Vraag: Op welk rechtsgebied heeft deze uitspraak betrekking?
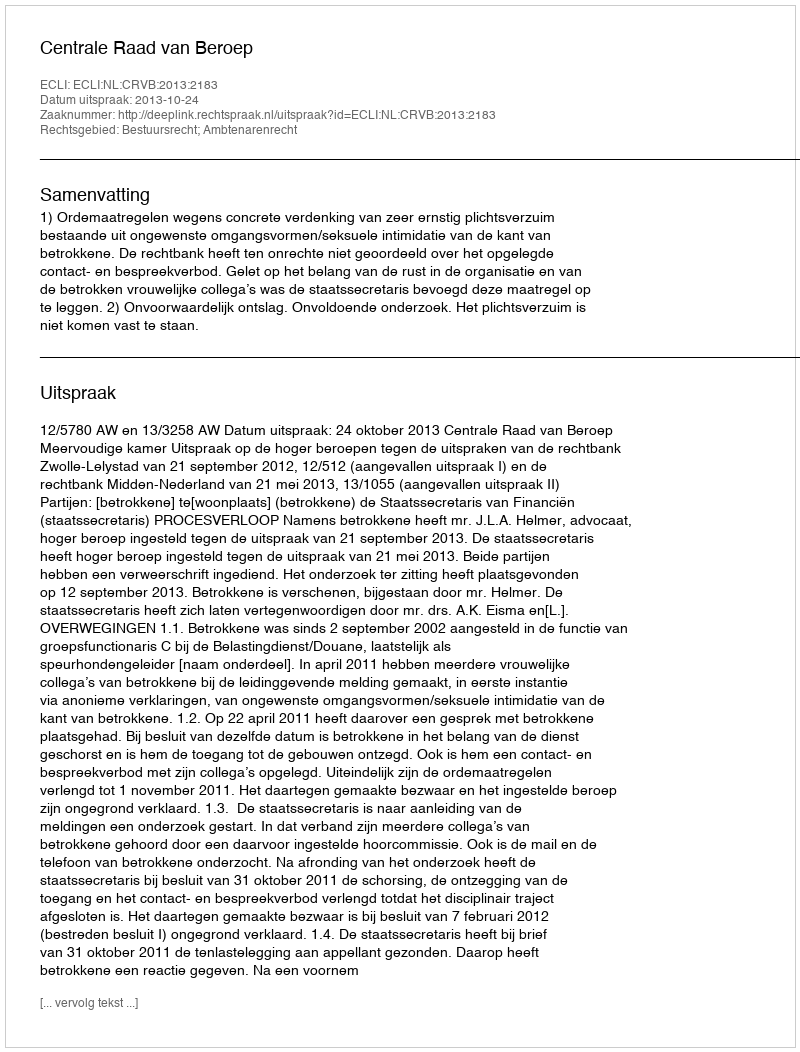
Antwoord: Bestuursrecht; Ambtenarenrecht